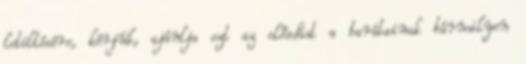
letöltésére, kérjük, ajánlja ezt az előadást a barátainak bármilyen